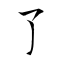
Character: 了